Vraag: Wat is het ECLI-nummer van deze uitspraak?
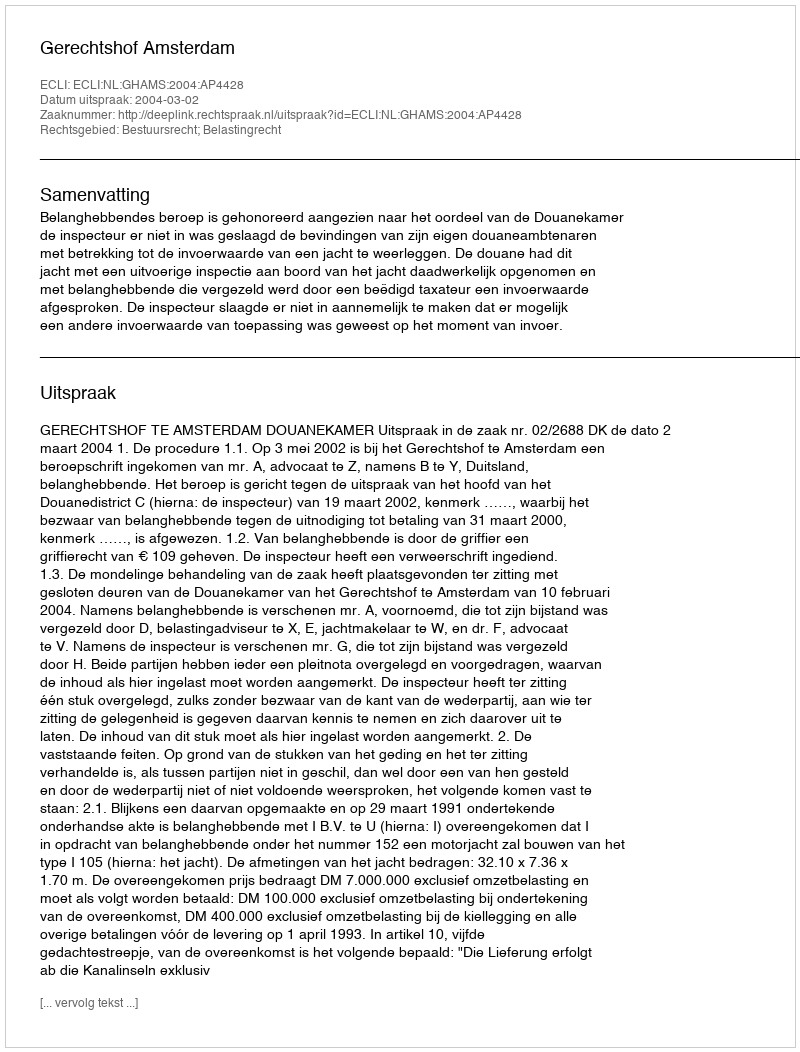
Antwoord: ECLI:NL:GHAMS:2004:AP4428